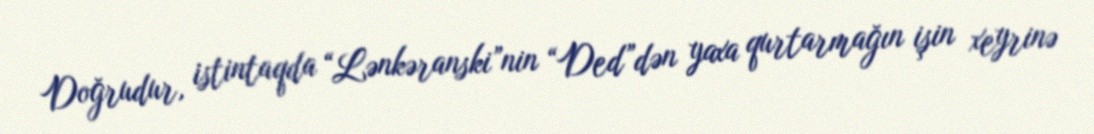
Doğrudur, istintaqda “Lənkəranski”nin “Ded”dən yaxa qurtarmağın işin xeyrinə